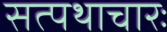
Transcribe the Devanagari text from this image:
सत्पथाचारः